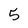
Character: 5